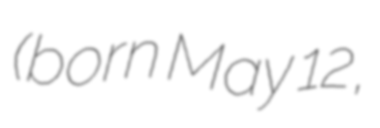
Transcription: (born May 12,